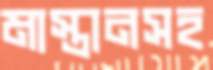
মাস্তানসহ